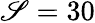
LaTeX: \mathscr{S}=30